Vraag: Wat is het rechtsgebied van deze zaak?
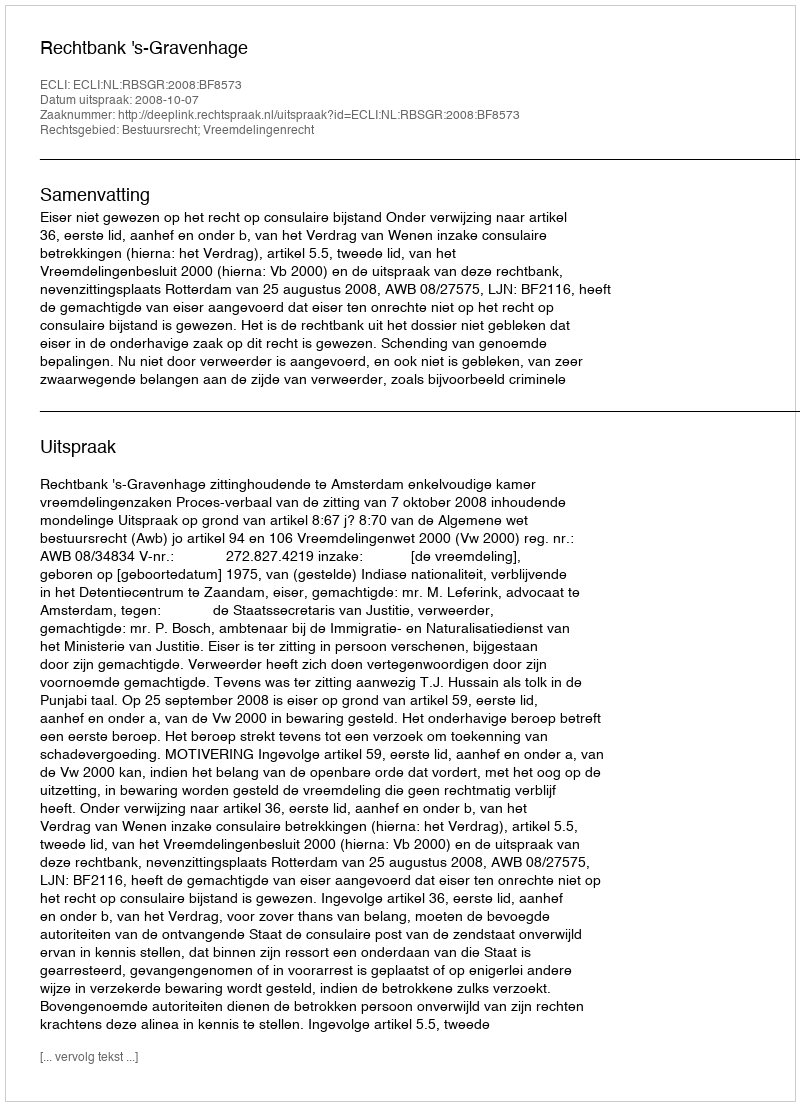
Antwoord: Bestuursrecht; Vreemdelingenrecht